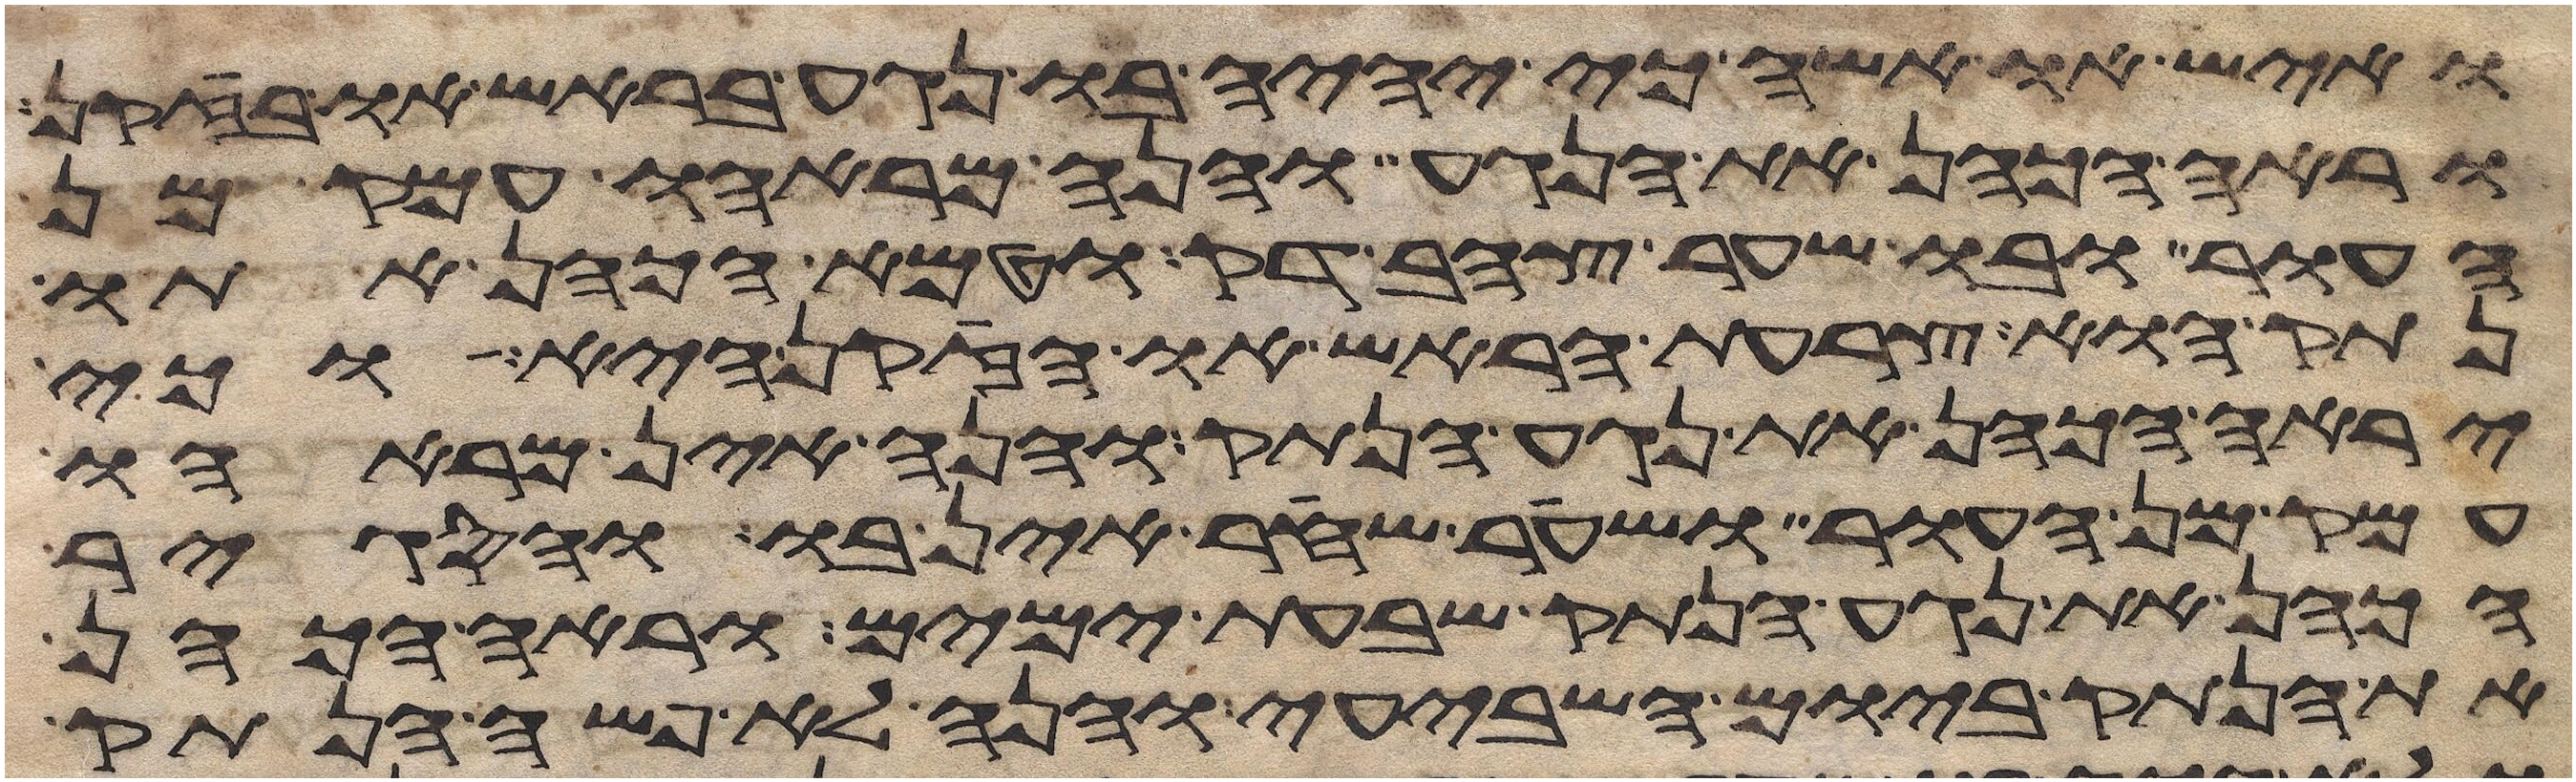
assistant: ואיש או אשה כי יהיה בו נגע בראש או בזקן
וראה הכהן את הנגע והנה מראהו עמק מן
העור ובו שער צהב דק וטמא הכהן אתו
נתק הוא צרעת הראש או הזקן היא או כי
יראה הכהן את נגע הנתק והנה אין מראהו
עמק מן העור ושער שחר אין בו והסגיר
הכהן את נגע הנתק שבעת ימים וראה הכהן
את הנתק ביום השביעי והנה לא פשה הנתק